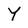
Character: Y